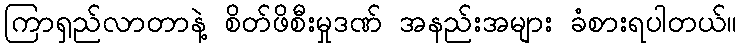
ကြာရှည်လာတာနဲ့ စိတ်ဖိစီးမှုဒဏ် အနည်းအများ ခံစားရပါတယ်။